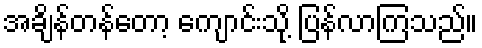
အချိန်တန်တော့ ကျောင်းသို့ ပြန်လာကြသည်။